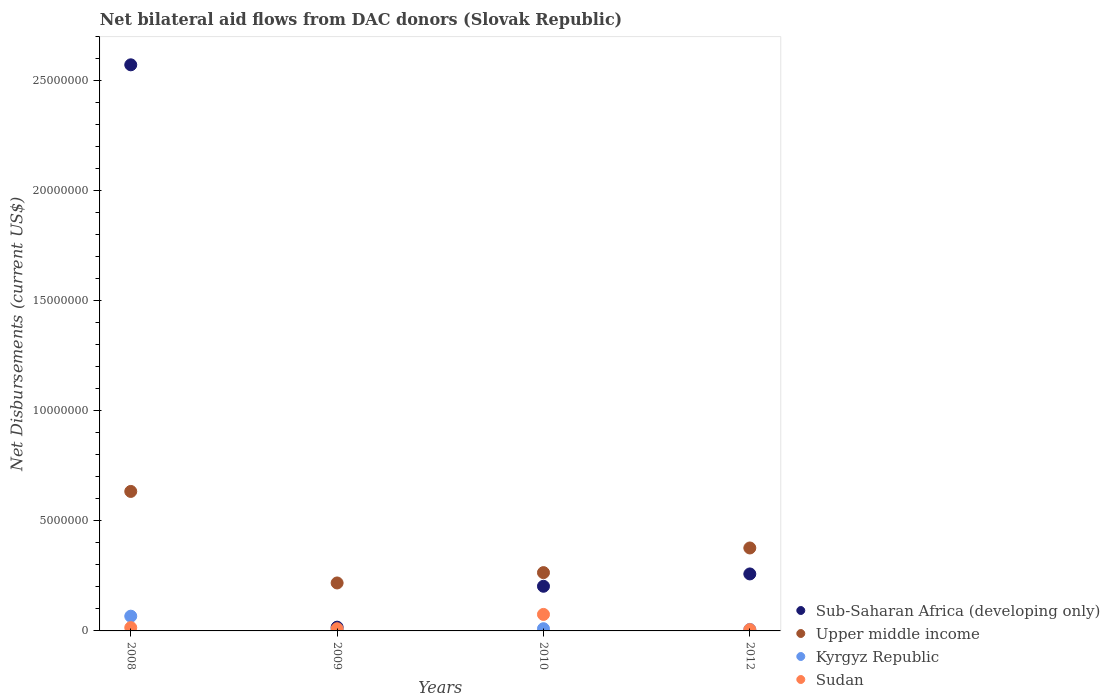
| Years | Sub-Saharan Africa (developing only) | Upper middle income | Kyrgyz Republic | Sudan |
 | --- | --- | --- | --- | --- |
 | 2008 | 2.57e+07 | 6.34e+06 | 6.7e+05 | 1.5e+05 |
 | 2009 | 1.7e+05 | 2.18e+06 | 7e+04 | 1e+05 |
 | 2010 | 2.03e+06 | 2.65e+06 | 1e+05 | 7.5e+05 |
 | 2012 | 2.59e+06 | 3.77e+06 | 7e+04 | 6e+04 |